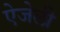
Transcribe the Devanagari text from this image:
ऐजेली